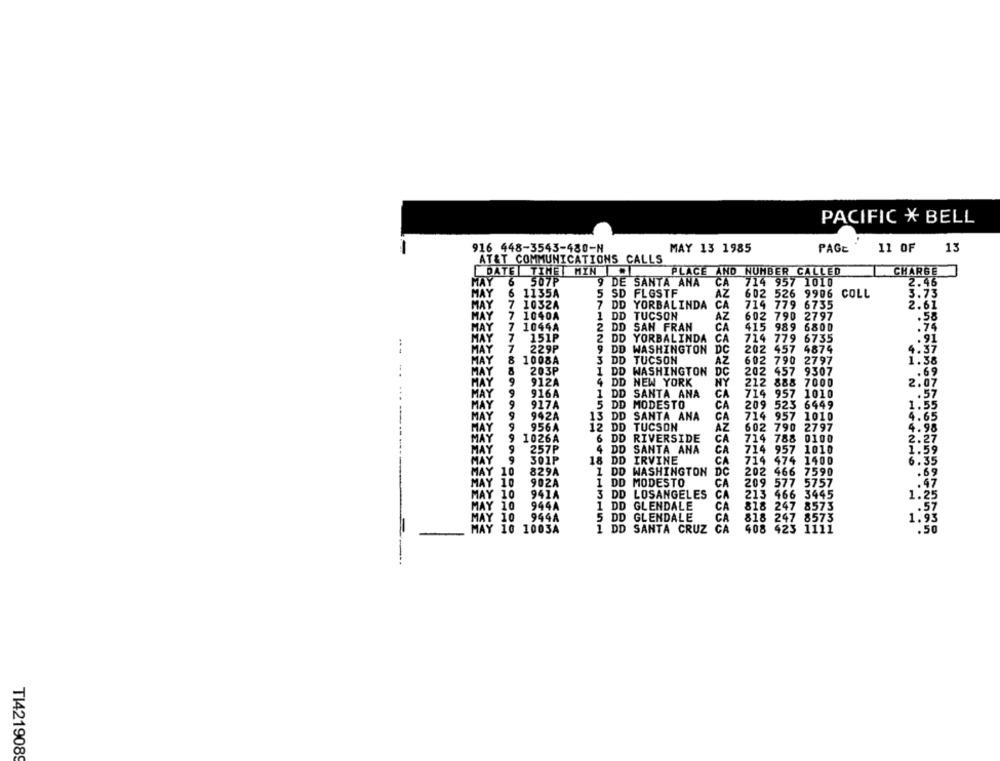
PACIFIC * BELL
916 448-3543-480-N
MAY 13 1985
PAGE
11 OF
13
AT&T COMMUNICATIONS CALLS
DATE TIME MIN
PLACE AND NUMBER CALLED
CHARGE
6
507P
9 DE SANTA ANA
714 957 1010
2.46
MAY
CA
MAY
6
1135A
5 SD FLESTF
AZ
602 526 9906 COLL
3.73
MAY
7 1032A
7 DD YORBALINDA
CA
714 779 6735
2.61
MAY
7
1040A
1 DD TUCSON
AZ
602 790 2797
.58
MAY
7 1044A
2 DD SAN FRAN
CA
415 989 6800
.74
MAY
7
151P
2 DD YORBALINDA
CA
714 779 6735
.91
HAY
7
229P
9 DD WASHINGTON DC
202 457 4879
4.37
MAY
8
1008A
3 DD TUCSON
AZ
602 790 2797
1.38
HAY
203P
I DD WASHINGTON
DO
202 457 9307
.69
HAY
9
912A
NY
4 DD NEW YORK
212 888 7000
2.07
MAY
9
916A
1 DD SANTA ANA
CA
714 957 1010
.57
MAY
9
917A
CA
209 523 6449
5 DD MODESTO
1.55
MAY
9
942A
13 DD SANTA ANA
CA
714 957 1010
4.65
956A
AZ
602 790 2797
HAY
12 DD TUCSON
4.98
MAY
9
1026A
6 DD RIVERSIDE
CA
714 788 0100
257P
4 DD SANTA ANA
CA
714 957 1010
1.59
MAY
301P
18 DD IRVINE
CA
714 474 1400
.35
Y 10
829A
1 DD WASHINGTON
DC
202 466 7590
.69
MAY
902A
1 DD MODESTO
CA
209 577 5757
941A
3 DD LOSANGELES
CA
213 466 3445
1:25
HAY
944A
1 DD GLENDALE
CA
818 247 8573
10
944A
5 DD GLENDALE
CA
818 247 8573
1.9
10
1003A
1 DD SANTA CRUZ CA
408 423 1111
TI4219089